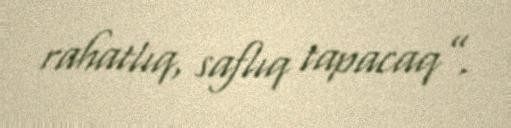
rahatlıq, saflıq tapacaq”.